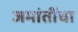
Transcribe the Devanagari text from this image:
जमांतींचा